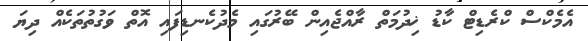
އެމެކްސް ކްރެޑިޓް ކާޑު ޚިދުމަތް ރާއްޖެއިން ބޭރުގައި މެދުކެނޑިފައި އޮތް ވަގުތުތަކެއް ދިޔަ